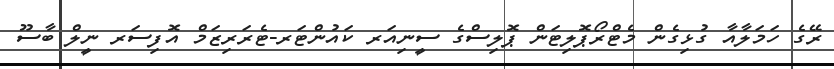
ރޭގެ ހަމަލާއާ ގުޅިގެން މެޓްރޯޕޮލިޓަން ޕޮލިސްގެ ސީނިއަރ ކައުންޓަރ-ޓެރަރިޒަމް އޮފިސަރ ނީލް ބާސޫ